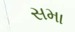
સમા